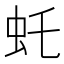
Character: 虴